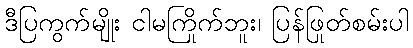
ဒီပြကွက်မျိုး ငါမကြိုက်ဘူး၊ ပြန်ဖြုတ်စမ်းပါ